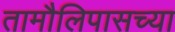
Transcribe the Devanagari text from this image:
तामौलिपासच्या